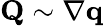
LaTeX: \mathbf Q\sim\nabla\mathbf q